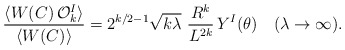
\begin{align*}\frac{\langle W(C)\,{\cal O}^I_k\rangle }{\langle W(C)\rangle}=2^{k/2-1}\sqrt{k\lambda}\,\,\frac{R^k}{L^{2k}}\,Y^I(\theta)~~~(\lambda\rightarrow \infty).\end{align*}